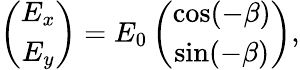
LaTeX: \begin{array}{r}{\left(\begin{array}{c}{E_{x}}\\ {E_{y}}\end{array}\right)=E_{0}\left(\begin{array}{c}{\cos(-\beta)}\\ {\sin(-\beta)}\end{array}\right),}\end{array}